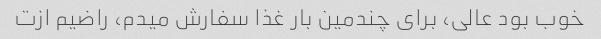
خوب بود عالی، برای چندمین بار غذا سفارش میدم، راضیم ازت